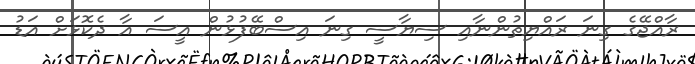
ރާއްޖޭގެ ގިނަ ރައްޔިތުންނާއި ސިޔާސީ ގިނަ އިސްބޭފުޅުން އީސަ އާ ދެކޮޅަށް އަޑު